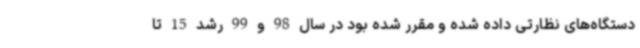
دستگاه‌های نظارتی داده شده و مقرر شده بود در سال 98 و 99 رشد 15 تا